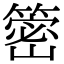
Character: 䈼